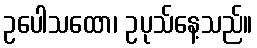
ဥပေါသထော၊ ဥပုသ်နေ့သည်။